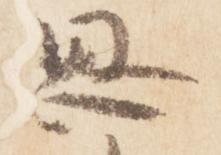
思